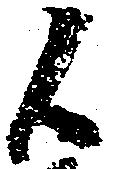
候